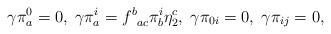
LaTeX: \begin{align*}\gamma \pi _a^0=0,\;\gamma \pi _a^i=f_{\;\;ac}^b\pi _b^i\eta _2^c,\;\gamma\pi _{0i}=0,\;\gamma \pi _{ij}=0,\end{align*}